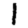
Digit: 1